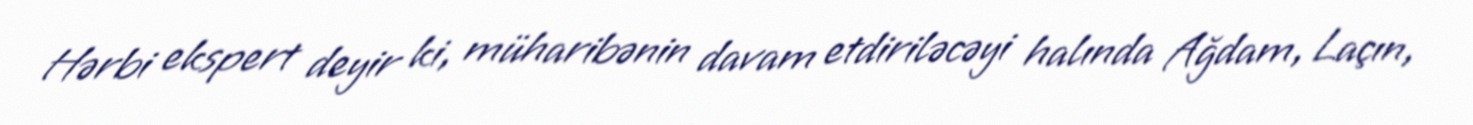
Hərbi ekspert deyir ki, müharibənin davam etdiriləcəyi halında Ağdam, Laçın,